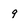
Character: 9